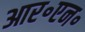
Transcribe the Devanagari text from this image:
आर॰एन॰